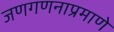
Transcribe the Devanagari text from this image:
जणगणनाप्रमाणे